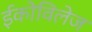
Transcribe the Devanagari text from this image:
ईकोविलेज